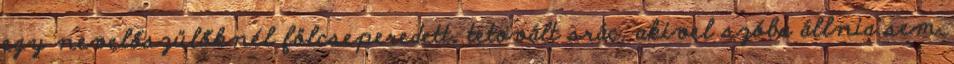
egy nevelőszülőknél fölcseperedett, tetovált srác, akivel szóba állnia sem